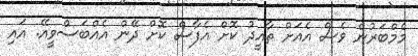
މެމްބަރުން ވެސް އެއަށް ތާއީދު ކޮށް އެފާސް ކޮށް ދޭން އެއްބަސްވީއޭ. އައި